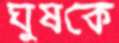
ঘুষকে